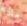
ماذا